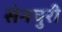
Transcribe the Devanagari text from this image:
सेनचुरी